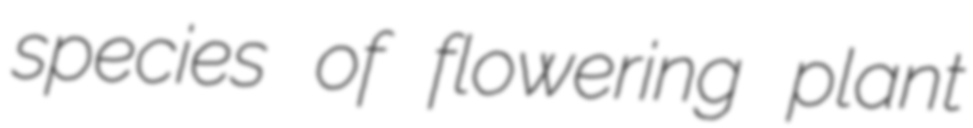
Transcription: species of flowering plant